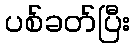
ပစ်ခတ်ပြီး